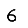
Digit: 6